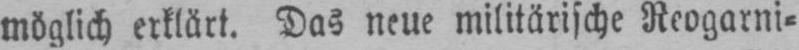
möglich erklärt. Das neue militärische Reogarni⸗